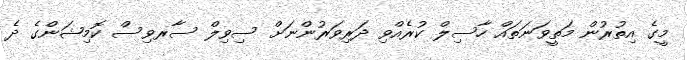
މީގެ އިތުރުން މަތީވަނަތައް ހާސިލް ކުރެއްވި ދަރިވަރުންނަށް ސިވިލް ސާރވިސް ކޮމިޝަންގެ ދެ